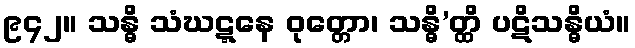
၉၄၂။ သန္ဓိ သံဃဋ္ဋနေ ဝုတ္တော၊ သန္ဓိ’တ္ထိ ပဋိသန္ဓိယံ။